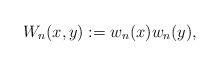
LaTeX: \begin{align*} W_n(x,y) := w_n(x)w_n(y), \end{align*}